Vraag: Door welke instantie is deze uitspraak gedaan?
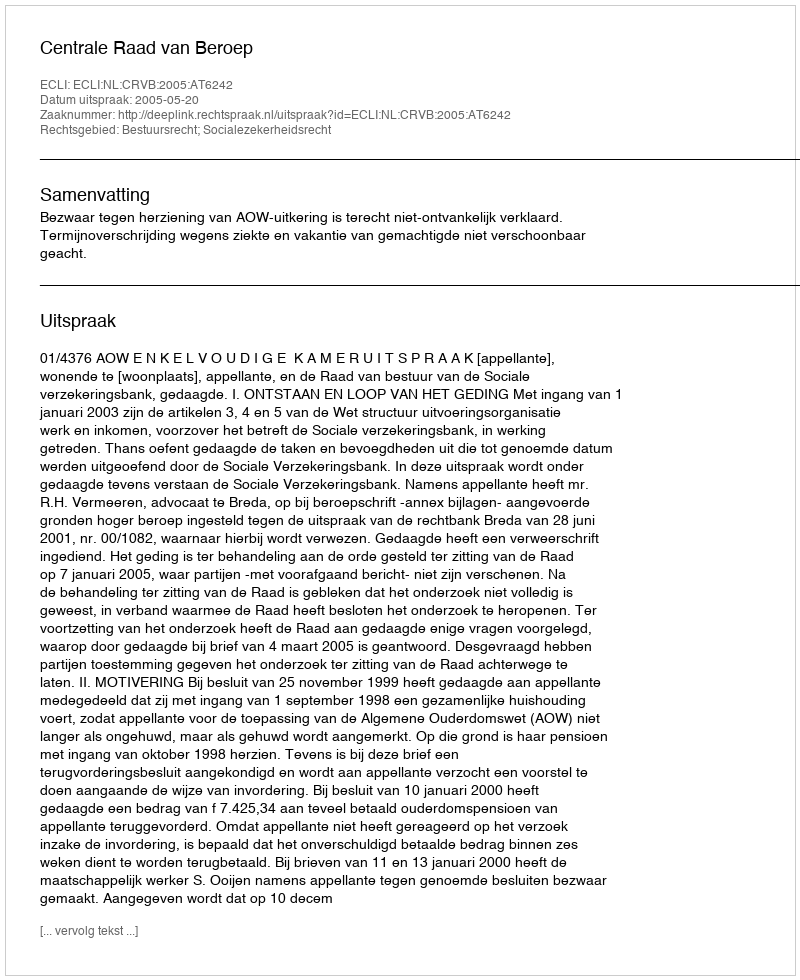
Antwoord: Centrale Raad van Beroep